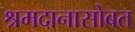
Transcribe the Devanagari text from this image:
श्रमदानासोबत